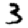
Digit: 3